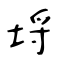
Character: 埒